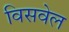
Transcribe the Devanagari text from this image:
विसवेल